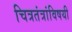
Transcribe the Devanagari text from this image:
चित्रतंत्रांविषयी